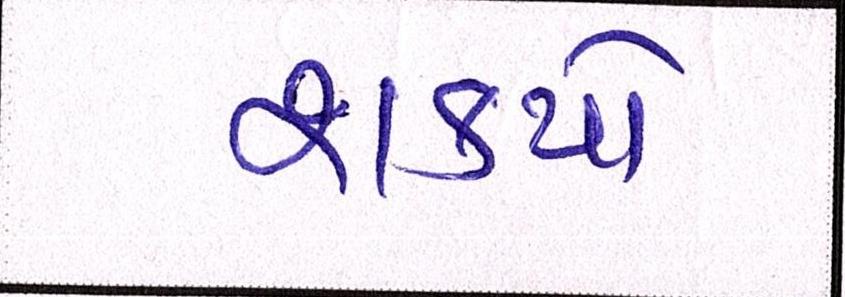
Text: શક્યો